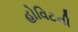
હોવિટની